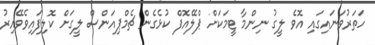
ހަތަރުވަނައިގައި އޮވެ ލީގު ނިންމާ ޓީމަކަށް ޕްލޭއޮފް ކުޅެގެން ޗެމްޕިއަންސް ލީގަށް ކޮލިފައިވެވޭއިރު